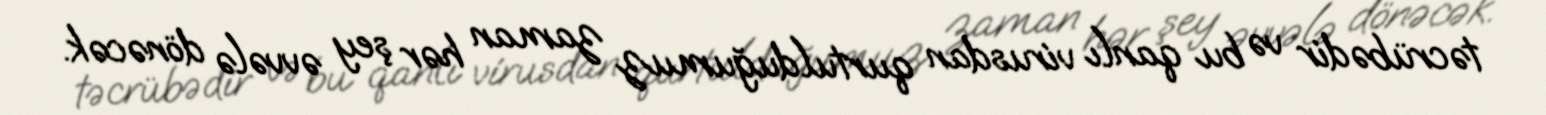
təcrübədir və bu qanlı virusdan qurtulduğumuz zaman hər şey əvvələ dönəcək.